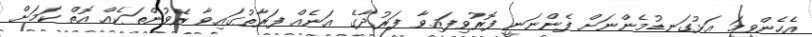
އެހެންވީމަ އަޅުގަނޑުމެންނަށް ފެންނަނީ ފޮރުވިފައިވާ ފަރުދާގެ އަނެއް ފަރާތުގައިވާ ރޭވުންތަކެއް އޮތް ކަމަށް